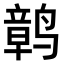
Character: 𫜂